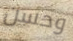
وحسن